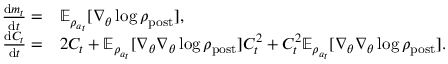
\begin{array} { r l } { \frac { \mathrm { d } m _ { t } } { \mathrm { d } t } = } & { \mathbb { E } _ { \rho _ { a _ { t } } } [ \nabla _ { \theta } \log \rho _ { \mathrm { p o s t } } ] , } \\ { \frac { \mathrm { d } C _ { t } } { \mathrm { d } t } = } & { 2 C _ { t } + \mathbb { E } _ { \rho _ { a _ { t } } } [ \nabla _ { \theta } \nabla _ { \theta } \log \rho _ { \mathrm { p o s t } } ] C _ { t } ^ { 2 } + C _ { t } ^ { 2 } \mathbb { E } _ { \rho _ { a _ { t } } } [ \nabla _ { \theta } \nabla _ { \theta } \log \rho _ { \mathrm { p o s t } } ] . } \end{array}